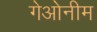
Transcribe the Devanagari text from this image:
गेओनीम